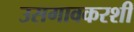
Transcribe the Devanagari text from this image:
उसगावकरशी